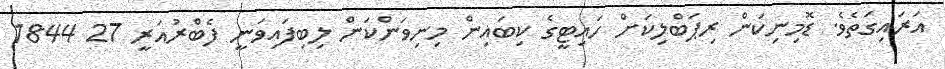
އަރައިގަތެވެ. ޑޮމިނިކަން ރިޕަބްލިކަށް ހައިޓީގެ ކިބައިން މިނިވަންކަން ލިބިފައިވަނީ ފެބްރުއަރީ 27 1844